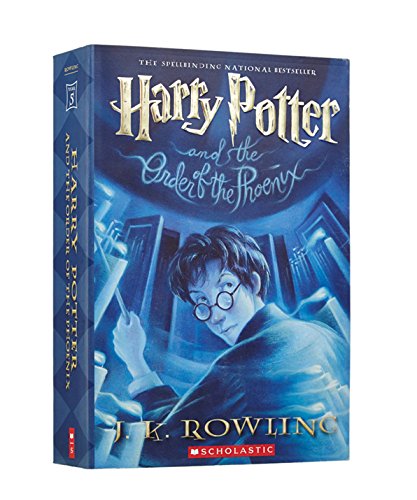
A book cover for Harry Potter And The Order Of The Phoenix; J. K. Rowling; Literature & Fiction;